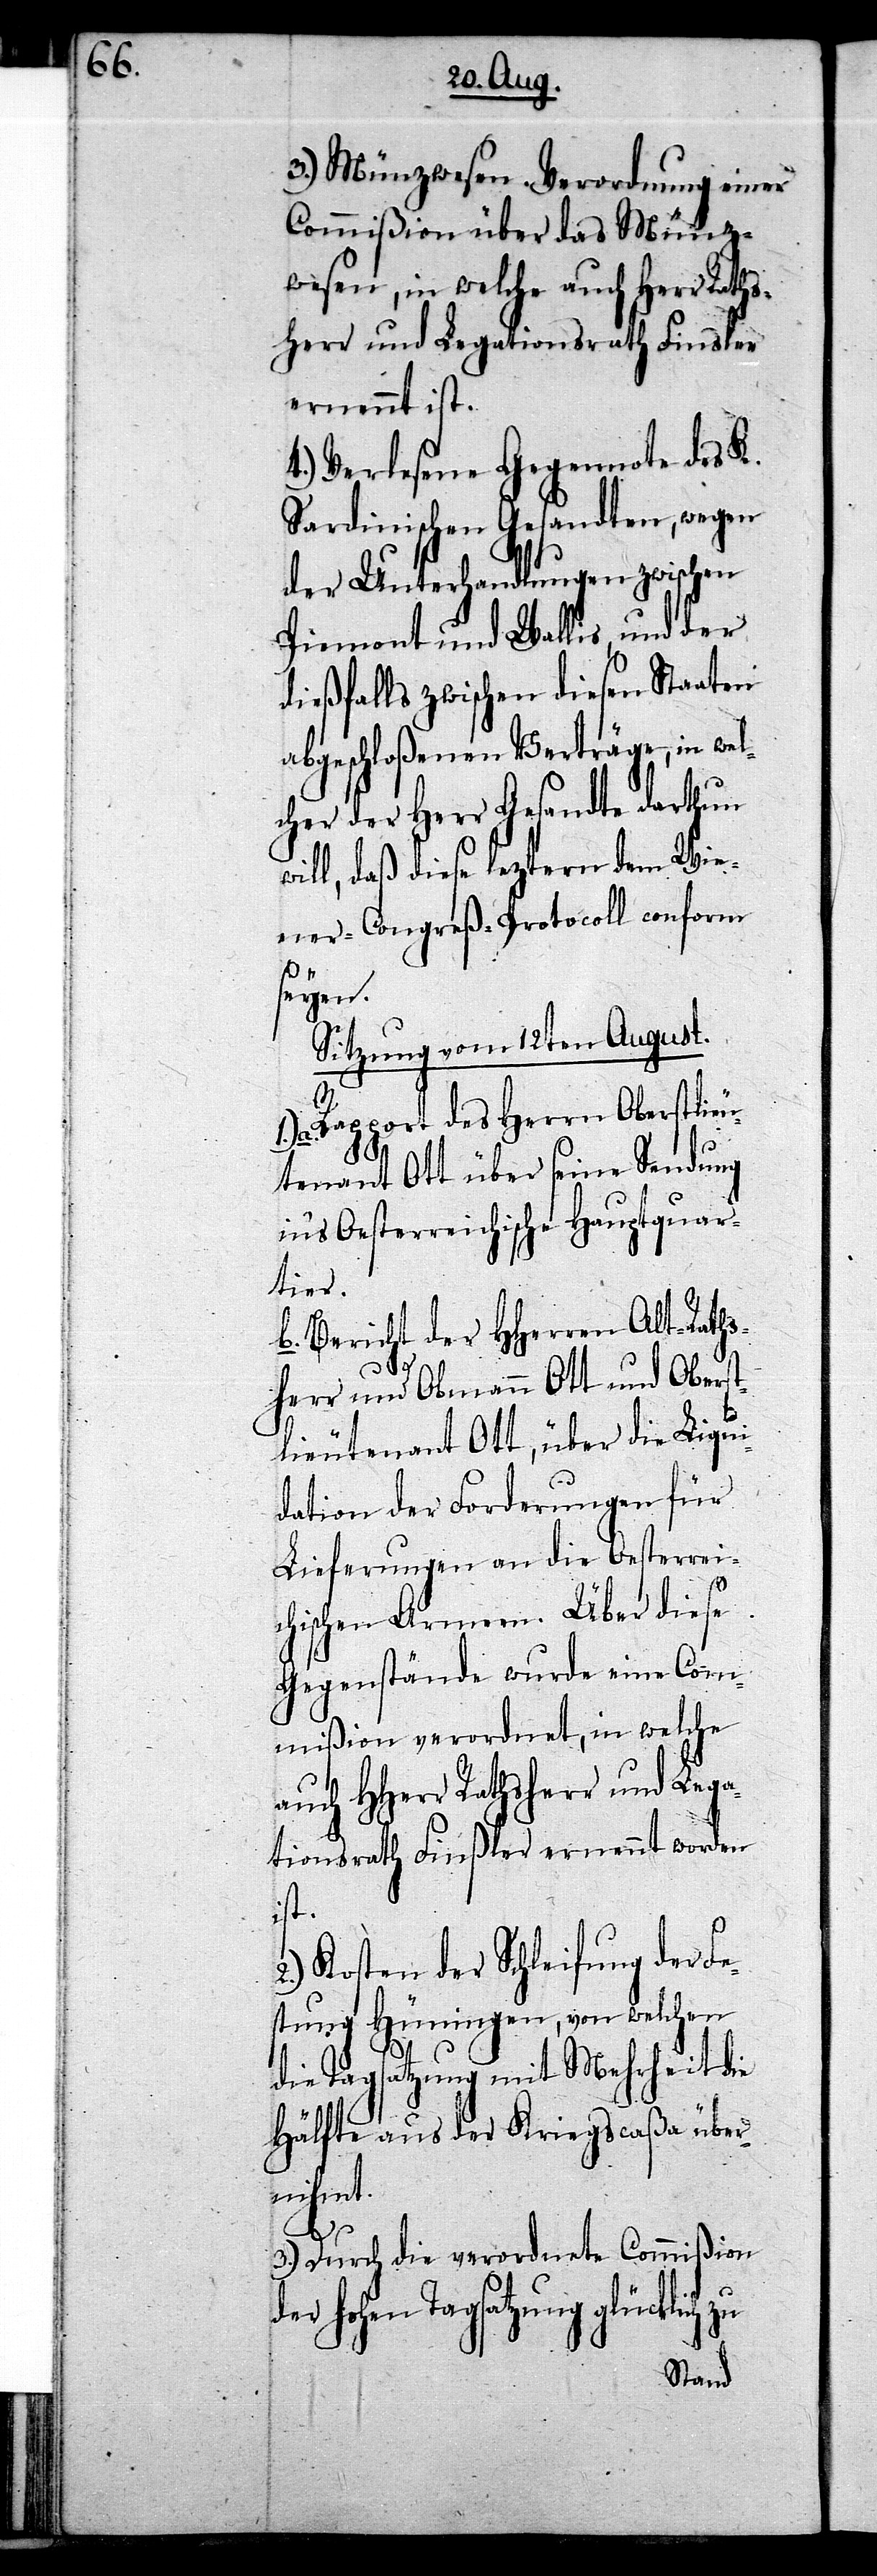
3.) Münzwesen. Verordnung einer
Commißion über das Münz¬
wesen, in welche auch Herr Raths¬
herr und Legationsrath Finsler
ernennt ist.
4.) Verlesene Gegennote des K.
Sardinischen Gesandten, wegen
der Unterhandlungen zwischen
Piemont und Wallis, und der
dießfalls zwischen diesen Staaten
abgeschloßenen Verträge, in wel¬
cher der Herr Gesandte darthun
ill, daß diese leztern dem Wie¬
ner-Congreß-Protocoll conform
seyen.
Sitzung vom 12ten August.
a. Rapport des Herrn Oberstlie¬
utenant Ott über seine Sendung
in’s Oesterreichische Hauptquar¬
tier.
b. Bericht der HHerren Alt-Raths¬
herr und Obmann Ott und Oberst¬
lieutenant Ott, über die Liqui¬
dation der Forderungen für
Lieferungen an die Oesterrei¬
chischen Armeen. Über diese
Gegenstände wurde eine Com¬
mißion verordnet, in welche
auch HHerr Rathsherr und Lega¬
tionsrath Finßler ernennt worden
ist.
Kosten der Schleifung der F¬
estung Hüningen, von welchen
die Tagsatzung mit Mehrheit die
Hälfte aus der Kriegscaßa über¬
nihmt.
w¬
3.) Durch die verordnete Commißion
hohen Tagsatzung glücklich